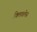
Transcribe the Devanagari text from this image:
क्लिवलेस